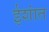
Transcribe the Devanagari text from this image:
ईशांत